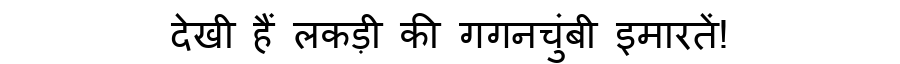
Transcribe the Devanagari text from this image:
देखी हैं लकड़ी की गगनचुंबी इमारतें!